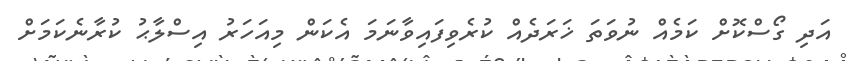
އަދި ގޯސްކޮށް ކަމެއް ނުވަަތަ ޚަރަދެއް ކުރެވިފައިވާނަމަ އެކަން މިއަހަރު އިސްލާޙު ކުރާނެކަމަށް